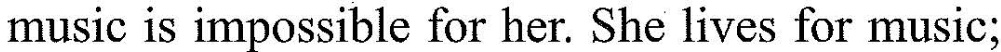
music is impossible for her. She lives for music;